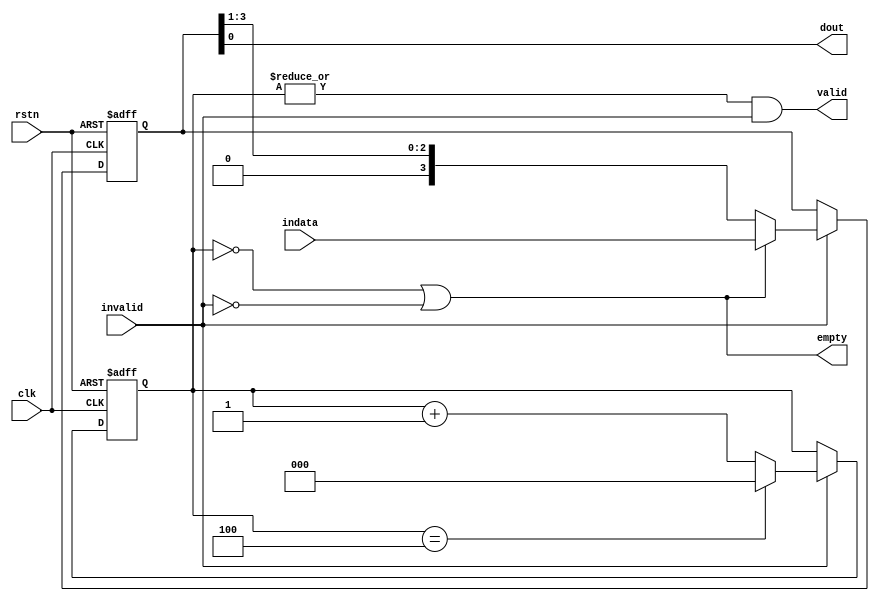
module p2s #(parameter DWIDTH = 4)
(
    input clk,
    input rstn,
    
    input [DWIDTH-1:0] indata,
    input invalid,

    output empty,
    output dout,
    output valid
);

localparam M = $clog2(DWIDTH);

reg  [DWIDTH-1:0] shift_ff;
wire [DWIDTH-1:0] nxt_shift;

reg  [M:0] count_ff;
wire [M:0] nxt_count;

always @(posedge clk or negedge rstn) begin
  if (!rstn) begin
    shift_ff <= 0;
  end else if (invalid) begin
    shift_ff <= nxt_shift;
  end

end

assign nxt_shift = empty ? indata : {1'b0, shift_ff[DWIDTH-1:1]};

always @(posedge clk or negedge rstn) begin
  if (!rstn) begin
    count_ff <= 0;
  end else if (invalid) begin
    count_ff <= nxt_count;
  end 
end

assign nxt_count = (count_ff == DWIDTH) ? 0 : count_ff + 1'b1;


assign dout = shift_ff[0];
assign valid = |count_ff && invalid;
assign empty = (count_ff == 0) || !invalid;

endmodule